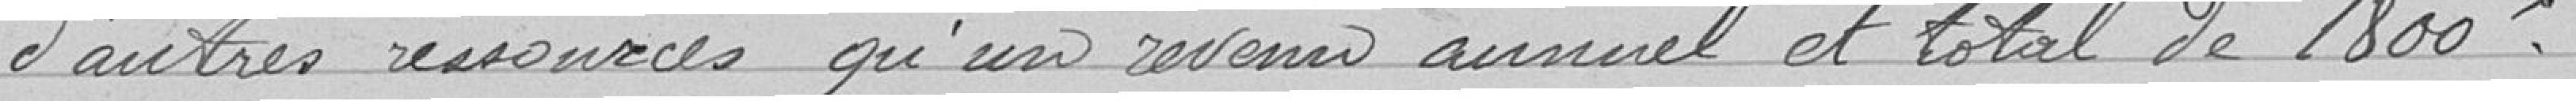
d'autres ressources qu'un revenu annuel et total de 1800.